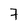
Character: 7